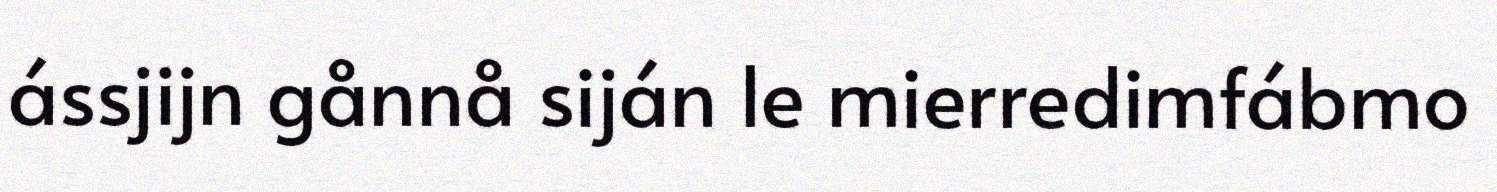
ássjijn gånnå siján le mierredimfábmo